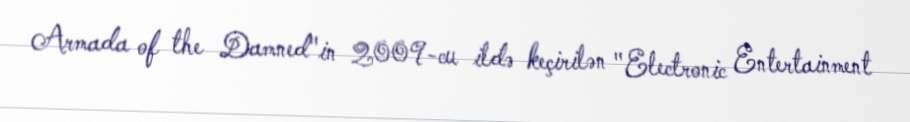
Armada of the Damned"in 2009-cu ildə keçirilən "Electronic Entertainment